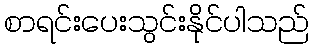
စာရင်းပေးသွင်းနိုင်ပါသည်